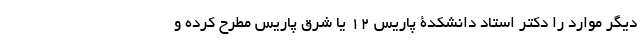
دیگر موارد را دکتر استاد دانشکدۀ پاریس 12 یا شرق پاریس مطرح کرده و